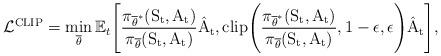
LaTeX: \begin{align*} \mathcal{L}^{\mathrm{CLIP}} = \min_{\overline{\theta}}\mathbb{E}_{t}\Bigg[\mathrm{\frac{\pi_{\overline{\theta}^{*}}(S_t, A_t)}{\pi_{\overline{\theta}}(S_t, A_t)}\hat{A}_{t}, clip\Bigg(\frac{\pi_{\overline{\theta}^{*}}(S_t, A_t)}{\pi_{\overline{\theta}}(S_t, A_t)}, 1-\epsilon, \epsilon\Bigg)\hat{A}_{t}}\Bigg],\end{align*}